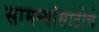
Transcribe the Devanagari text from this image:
सामन्यांसाठीचे